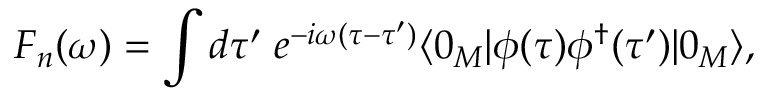
{ \cal F } _ { n } ( \omega ) = \int d \tau ^ { \prime } \; e ^ { - i \omega ( \tau - \tau ^ { \prime } ) } \langle 0 _ { M } | \phi ( \tau ) \phi ^ { \dagger } ( \tau ^ { \prime } ) | 0 _ { M } \rangle ,